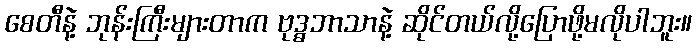
စေတီနဲ့ ဘုန်းကြီးများတာက ဗုဒ္ဓဘာသာနဲ့ ဆိုင်တယ်လို့ပြောဖို့မလိုပါဘူး။